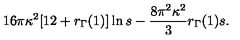
1 6 \pi \kappa ^ { 2 } [ 1 2 + r _ { \Gamma } ( 1 ) ] \ln s - \frac { 8 \pi ^ { 2 } \kappa ^ { 2 } } { 3 } r _ { \Gamma } ( 1 ) s .